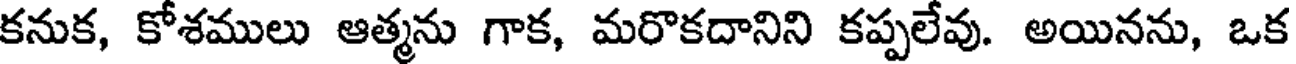
కనుక, కోశములు ఆత్మను గాక, మరొకదానిని కప్పలేవు. అయినను, ఒక